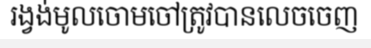
រង្វង់មូលចោមចៅត្រូវបានលេចចេញ